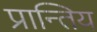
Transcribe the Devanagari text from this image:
प्रान्तिय